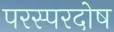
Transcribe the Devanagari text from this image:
परस्परदोष